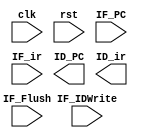
// IF_ID

module IF_ID ( clk,
               rst,
			   // input
			   IF_IDWrite,
			   IF_Flush,
			   IF_PC,
			   IF_ir,
			   // output
			   ID_PC,
			   ID_ir);
	
	parameter pc_size = 18;
	parameter data_size = 32;
	
	input clk, rst;
	input IF_IDWrite, IF_Flush;
	input [pc_size-1:0]   IF_PC;
	input [data_size-1:0] IF_ir;
	
	output [pc_size-1:0]   ID_PC;
	output [data_size-1:0] ID_ir;

	// write your code in here

endmodule